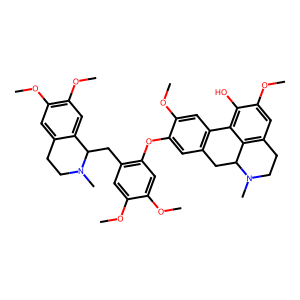
SMILES: COc1cc(CC2c3cc(OC)c(OC)cc3CCN2C)c(Oc2cc3c(cc2OC)-c2c(O)c(OC)cc4c2C(C3)N(C)CC4)cc1OC
Inhibits HIV replication: No